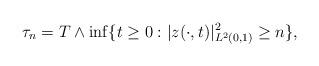
LaTeX: \begin{align*}\tau_{n}=T\wedge\inf\{t\geq 0:|z(\cdot,t)|_{L^2(0,1)}^2\geq n\},\end{align*}